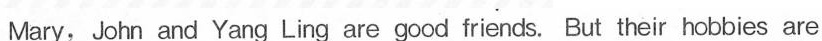
Mary, John and Yang Ling are good triends. But their hobbies are